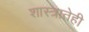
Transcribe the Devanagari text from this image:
शास्त्रातेही